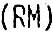
(RM)